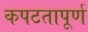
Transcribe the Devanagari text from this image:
कपटतापूर्ण